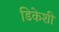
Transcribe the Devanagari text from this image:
डिकेशी